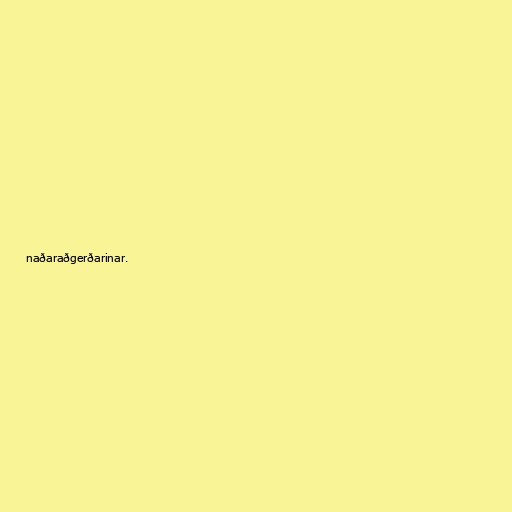
naðaraðgerðarinar.